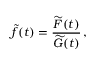
\widetilde f ( t ) = { \frac { \widetilde F ( t ) } { \widetilde G ( t ) } } \, ,